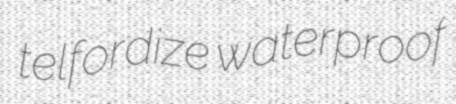
telfordize waterproof